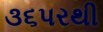
૩૬પરથી